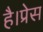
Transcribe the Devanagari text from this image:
है।प्रेस